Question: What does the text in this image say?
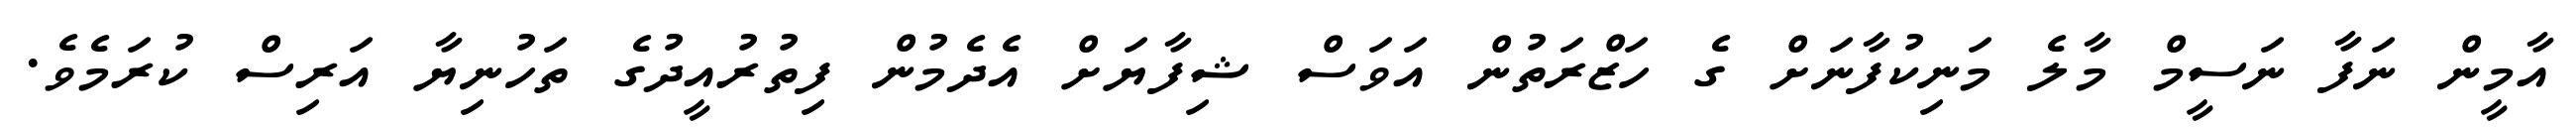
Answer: އާމީން ނަފާ ނަސީމް މާލެ މަނިކުފާނަށް ގެ ހަޒްރަތުން އަވަސް ޝިފާޔަށް އެދެމުން ފިތުރުއީދުގެ ތަހުނިޔާ އަރިސް ކުރަމެވެ.